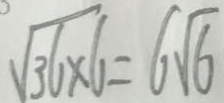
\sqrt { 3 6 \times 6 } = 6 \sqrt { 6 }